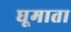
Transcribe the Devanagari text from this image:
घूमाता